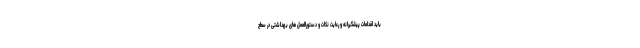
باید اقدامات پیشگیرانه و رعایت نکات و دستورالعمل های بهداشتی در سطح